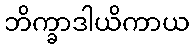
ဘိက္ခာဒါယိကာယ